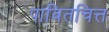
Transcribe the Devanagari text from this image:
पावितचित्त